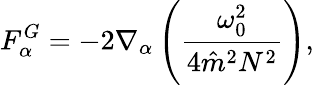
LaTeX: F_{\alpha}^{G}=-2\nabla_{\alpha}\left(\frac{\omega_{0}^{2}}{4\hat{m}^{2}N^{2}}\right),